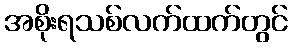
အစိုးရသစ်လက်ထက်တွင်